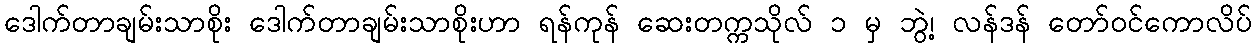
ဒေါက်တာချမ်းသာစိုး ဒေါက်တာချမ်းသာစိုးဟာ ရန်ကုန် ဆေးတက္ကသိုလ် ၁ မှ ဘွဲ့၊ လန်ဒန် တော်ဝင်ကောလိပ်